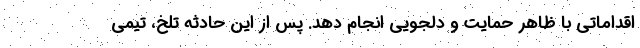
اقداماتي با ظاهر حمايت و دلجويي انجام دهد. پس از اين حادثه تلخ، تيمي